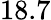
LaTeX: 18.7